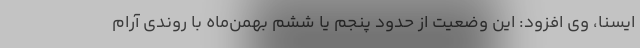
ایسنا، وی افزود: این وضعیت از حدود پنجم یا ششم بهمن‌ماه با روندی آرام